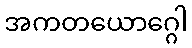
အကတယောဂ္ဂေါ